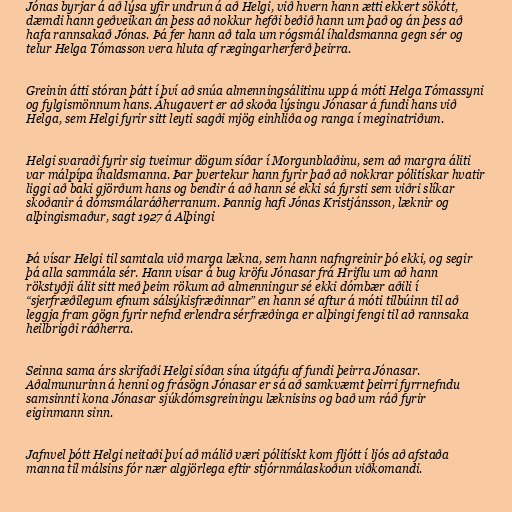
Jónas byrjar á að lýsa yfir undrun á að Helgi, við hvern hann ætti ekkert sökótt,
dæmdi hann geðveikan án þess að nokkur hefði beðið hann um það og án þess að
hafa rannsakað Jónas. Þá fer hann að tala um rógsmál íhaldsmanna gegn sér og
telur Helga Tómasson vera hluta af rægingarherferð þeirra.

Greinin átti stóran þátt í því að snúa almenningsálitinu upp á móti Helga Tómassyni
og fylgismönnum hans. Áhugavert er að skoða lýsingu Jónasar á fundi hans við
Helga, sem Helgi fyrir sitt leyti sagði mjög einhliða og ranga í meginatriðum.

Helgi svaraði fyrir sig tveimur dögum síðar í Morgunblaðinu, sem að margra áliti
var málpípa íhaldsmanna. Þar þvertekur hann fyrir það að nokkrar pólitískar hvatir
liggi að baki gjörðum hans og bendir á að hann sé ekki sá fyrsti sem viðri slíkar
skoðanir á dómsmálaráðherranum. Þannig hafi Jónas Kristjánsson, læknir og
alþingismaður, sagt 1927 á Alþingi

Þá vísar Helgi til samtala við marga lækna, sem hann nafngreinir þó ekki, og segir
þá alla sammála sér. Hann vísar á bug kröfu Jónasar frá Hriflu um að hann
rökstyðji álit sitt með þeim rökum að almenningur sé ekki dómbær aðili í
“sjerfræðilegum efnum sálsýkisfræðinnar” en hann sé aftur á móti tilbúinn til að
leggja fram gögn fyrir nefnd erlendra sérfræðinga er alþingi fengi til að rannsaka
heilbrigði ráðherra.

Seinna sama árs skrifaði Helgi síðan sína útgáfu af fundi þeirra Jónasar.
Aðalmunurinn á henni og frásögn Jónasar er sá að samkvæmt þeirri fyrrnefndu
samsinnti kona Jónasar sjúkdómsgreiningu læknisins og bað um ráð fyrir
eiginmann sinn.

Jafnvel þótt Helgi neitaði því að málið væri pólitískt kom fljótt í ljós að afstaða
manna til málsins fór nær algjörlega eftir stjórnmálaskoðun viðkomandi.